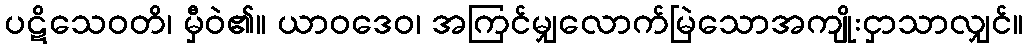
ပဋိသေဝတိ၊ မှီဝဲ၏။ ယာဝဒေဝ၊ အကြင်မျှလောက်မြဲသောအကျိုးငှာသာလျှင်။